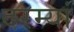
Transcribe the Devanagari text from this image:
दरम्‍यां